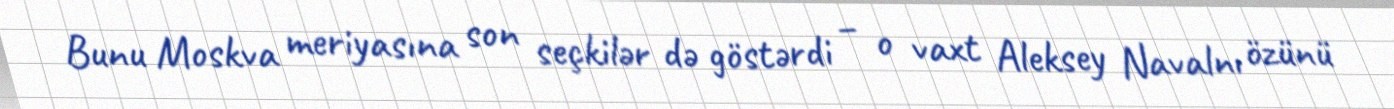
Bunu Moskva meriyasına son seçkilər də göstərdi – o vaxt Aleksey Navalnı özünü